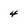
Character: 4